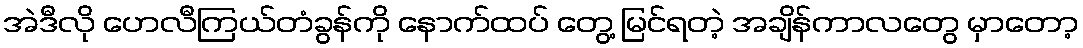
အဲဒီလို ဟေလီကြယ်တံခွန်ကို နောက်ထပ် တွေ့ မြင်ရတဲ့ အချိန်ကာလတွေ မှာတော့